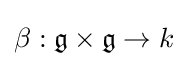
\beta :{\mathfrak {g}}\times {\mathfrak {g}}\to k